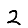
Digit: 2